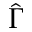
\hat { \Gamma }